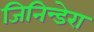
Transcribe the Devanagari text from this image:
जिनिन्डेरा